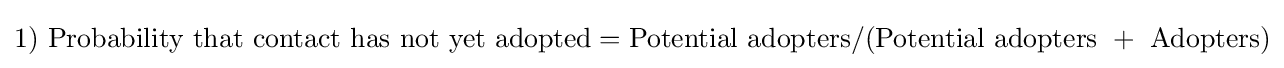
1)\ {\mbox{Probability that contact has not yet adopted}}={\mbox{Potential adopters}}/({\mbox{Potential adopters }}+{\mbox{ Adopters}})